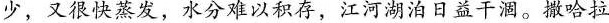
少，又很快蒸发，水分难以积存，江河湖泊日益干涸。撒哈拉